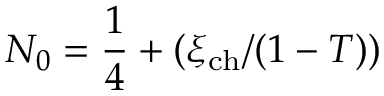
N _ { 0 } = \frac { 1 } { 4 } + ( \xi _ { \mathrm { c h } } / ( 1 - T ) )